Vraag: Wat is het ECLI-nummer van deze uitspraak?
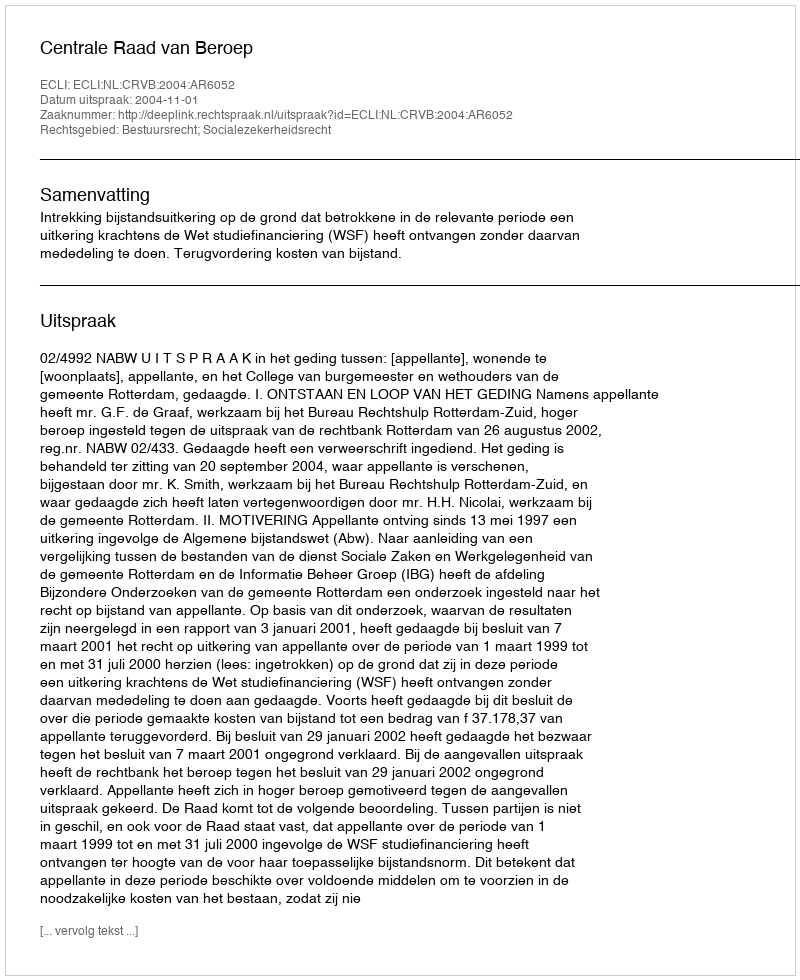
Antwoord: ECLI:NL:CRVB:2004:AR6052